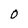
Character: O